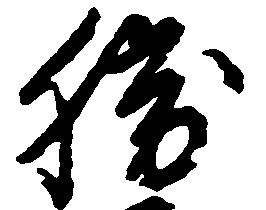
勝